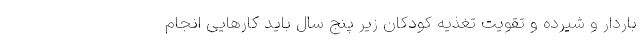
باردار و شیرده و تقویت تغذیه کودکان زیر پنج سال باید کارهایی انجام‌